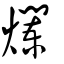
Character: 爛